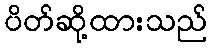
ပိတ်ဆို့ထားသည်